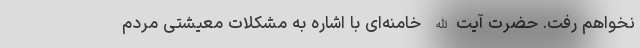
نخواهم رفت. حضرت آیت‌الله خامنه‌ای با اشاره به مشکلات معیشتی مردم